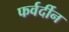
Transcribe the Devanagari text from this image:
फर्वर्दीन